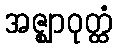
အဇ္ဈာဝုတ္ထံ